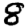
Digit: 8